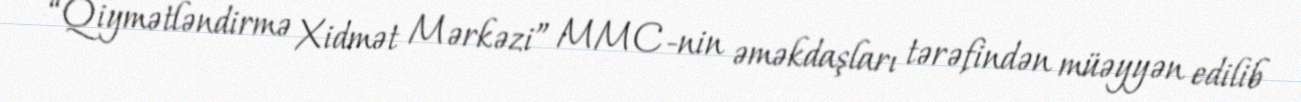
“Qiymətləndirmə Xidmət Mərkəzi” MMC-nin əməkdaşları tərəfindən müəyyən edilib